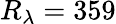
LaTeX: R_{\lambda}=359